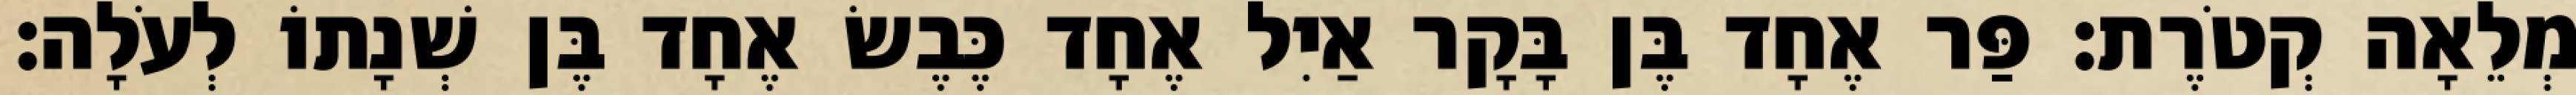
מְלֵאָה קְטֹרֶת׃ פַּר אֶחָד בֶּן בָּקָר אַיִל אֶחָד כֶּבֶשׂ אֶחָד בֶּן שְׁנָתוֹ לְעֹלָה׃